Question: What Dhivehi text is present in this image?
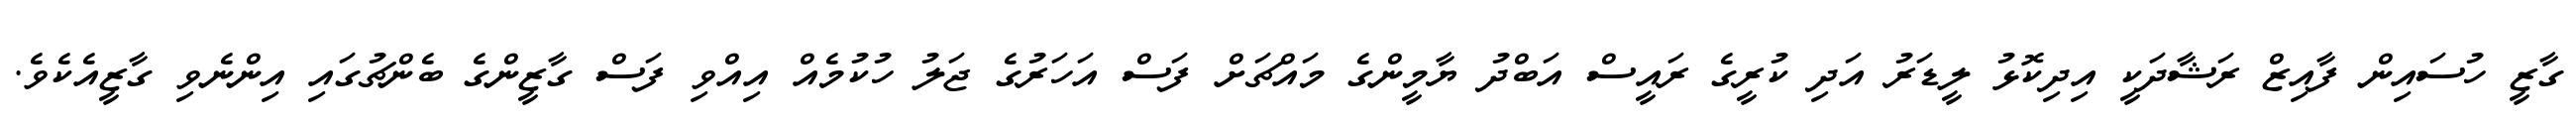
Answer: ގާޒީ ހުސައިން ފާއިޒް ރަޝާދަކީ އިދިކޮޅު ލީޑަރު އަދި ކުރީގެ ރައީސް އަބްދު ޔާމީންގެ މައްޗަށް ފަސް އަހަރުގެ ޖަލު ހުކުމެއް އިއްވި ފަސް ގާޒީންގެ ބެންޗުގައި އިންނެވި ގާޒީއެކެވެ.